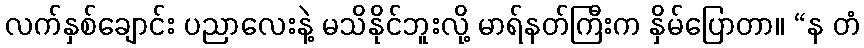
လက်နှစ်ချောင်း ပညာလေးနဲ့ မသိနိုင်ဘူးလို့ မာရ်နတ်ကြီးက နှိမ်ပြောတာ။ “န တံ